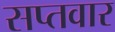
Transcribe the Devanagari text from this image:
सप्तवार